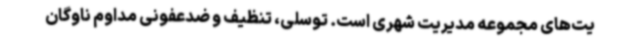
یت‌های مجموعه مدیریت شهری است. توسلی، تنظیف و ضدعفونی مداوم ناوگان